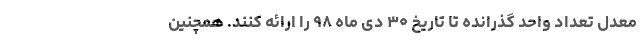
معدل تعداد واحد گذرانده تا تاریخ ۳۰ دی ماه ۹۸ را ارائه کنند. همچنین